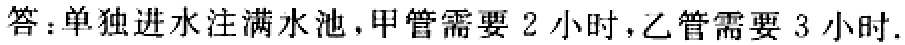
答：单独进水注满水池，甲管需要 \(2\) 小时，乙管需要 \(3\) 小时.